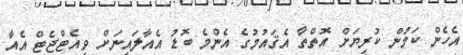
އެހެން ކަމުން ކުރިޔަށް އޮތްތާ އެޤައުމުގެ އެންމެ ބޮޑު އެއާލައިނަށް ވިއެޓްޖެޓް އެއާ